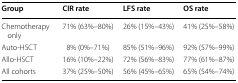
<table><thead><tr><td><b>Group</b></td><td><b>CIR rate</b></td><td><b>LFS rate</b></td><td><b>OS rate</b></td></tr></thead><tbody><tr><td>Chemotherapy only</td><td>71% (63%–80%)</td><td>26% (15%–43%)</td><td>41% (25%–58%)</td></tr><tr><td>Auto-HSCT</td><td>8% (0%–71%)</td><td>85% (51%–96%)</td><td>92% (57%–99%)</td></tr><tr><td>Allo-HSCT</td><td>16% (10%–22%)</td><td>72% (56%–83%)</td><td>77% (61%–87%)</td></tr><tr><td>All cohorts</td><td>37% (25%–50%)</td><td>56% (45%–65%)</td><td>65% (54%–74%)</td></tr></tbody></table>